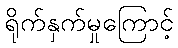
ရိုက်နှက်မှုကြောင့်